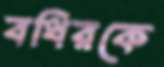
বধিরকে